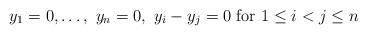
LaTeX: \begin{align*}y_1=0,\dotsc,\ y_n=0,\ y_i-y_j=0\textrm{ for }1\leq i<j\leq n\end{align*}